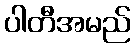
ပါတီအမည်